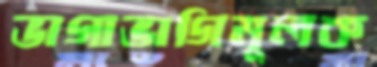
ভাগাভাগিমূলক